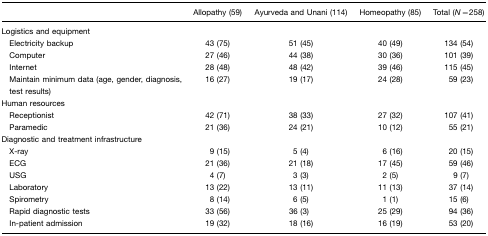
<table><thead><tr><td></td><td><b>Allopathy (59)</b></td><td><b>Ayurveda and Unani (114)</b></td><td><b>Homeopathy (85)</b></td><td><b>Total (<i>N</i>=258)</b></td></tr></thead><tbody><tr><td colspan="5">Logistics and equipment</td></tr><tr><td> Electricity backup</td><td>43 (75)</td><td>51 (45)</td><td>40 (49)</td><td>134 (54)</td></tr><tr><td> Computer</td><td>27 (46)</td><td>44 (38)</td><td>30 (36)</td><td>101 (39)</td></tr><tr><td> Internet</td><td>28 (48)</td><td>48 (42)</td><td>39 (46)</td><td>115 (45)</td></tr><tr><td> Maintain minimum data (age, gender, diagnosis, test results)</td><td>16 (27)</td><td>19 (17)</td><td>24 (28)</td><td>59 (23)</td></tr><tr><td colspan="5">Human resources</td></tr><tr><td> Receptionist</td><td>42 (71)</td><td>38 (33)</td><td>27 (32)</td><td>107 (41)</td></tr><tr><td> Paramedic</td><td>21 (36)</td><td>24 (21)</td><td>10 (12)</td><td>55 (21)</td></tr><tr><td colspan="5">Diagnostic and treatment infrastructure</td></tr><tr><td> X-ray</td><td>9 (15)</td><td>5 (4)</td><td>6 (16)</td><td>20 (15)</td></tr><tr><td> ECG</td><td>21 (36)</td><td>21 (18)</td><td>17 (45)</td><td>59 (46)</td></tr><tr><td> USG</td><td>4 (7)</td><td>3 (3)</td><td>2 (5)</td><td>9 (7)</td></tr><tr><td> Laboratory</td><td>13 (22)</td><td>13 (11)</td><td>11 (13)</td><td>37 (14)</td></tr><tr><td> Spirometry</td><td>8 (14)</td><td>6 (5)</td><td>1 (1)</td><td>15 (6)</td></tr><tr><td> Rapid diagnostic tests</td><td>33 (56)</td><td>36 (3)</td><td>25 (29)</td><td>94 (36)</td></tr><tr><td> In-patient admission</td><td>19 (32)</td><td>18 (16)</td><td>16 (19)</td><td>53 (20)</td></tr></tbody></table>